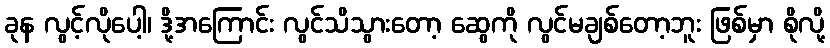
ခုန လွင့်လိုပေါ့၊ ဒို့အကြောင်း လွင်သိသွားတော့ ဆွေကို လွင်မချစ်တော့ဘူး ဖြစ်မှာ စိုလို့